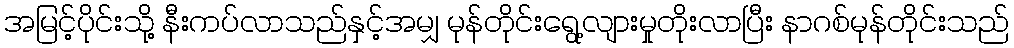
အမြင့်ပိုင်းသို့ နီးကပ်လာသည်နှင့်အမျှ မုန်တိုင်းရွေ့လျားမှုတိုးလာပြီး နာဂစ်မုန်တိုင်းသည်